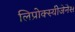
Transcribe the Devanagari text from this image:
लिप्रोक्स्यीजेनेस